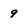
Character: 9